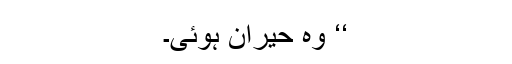
‘‘ وہ حیران ہوئی۔